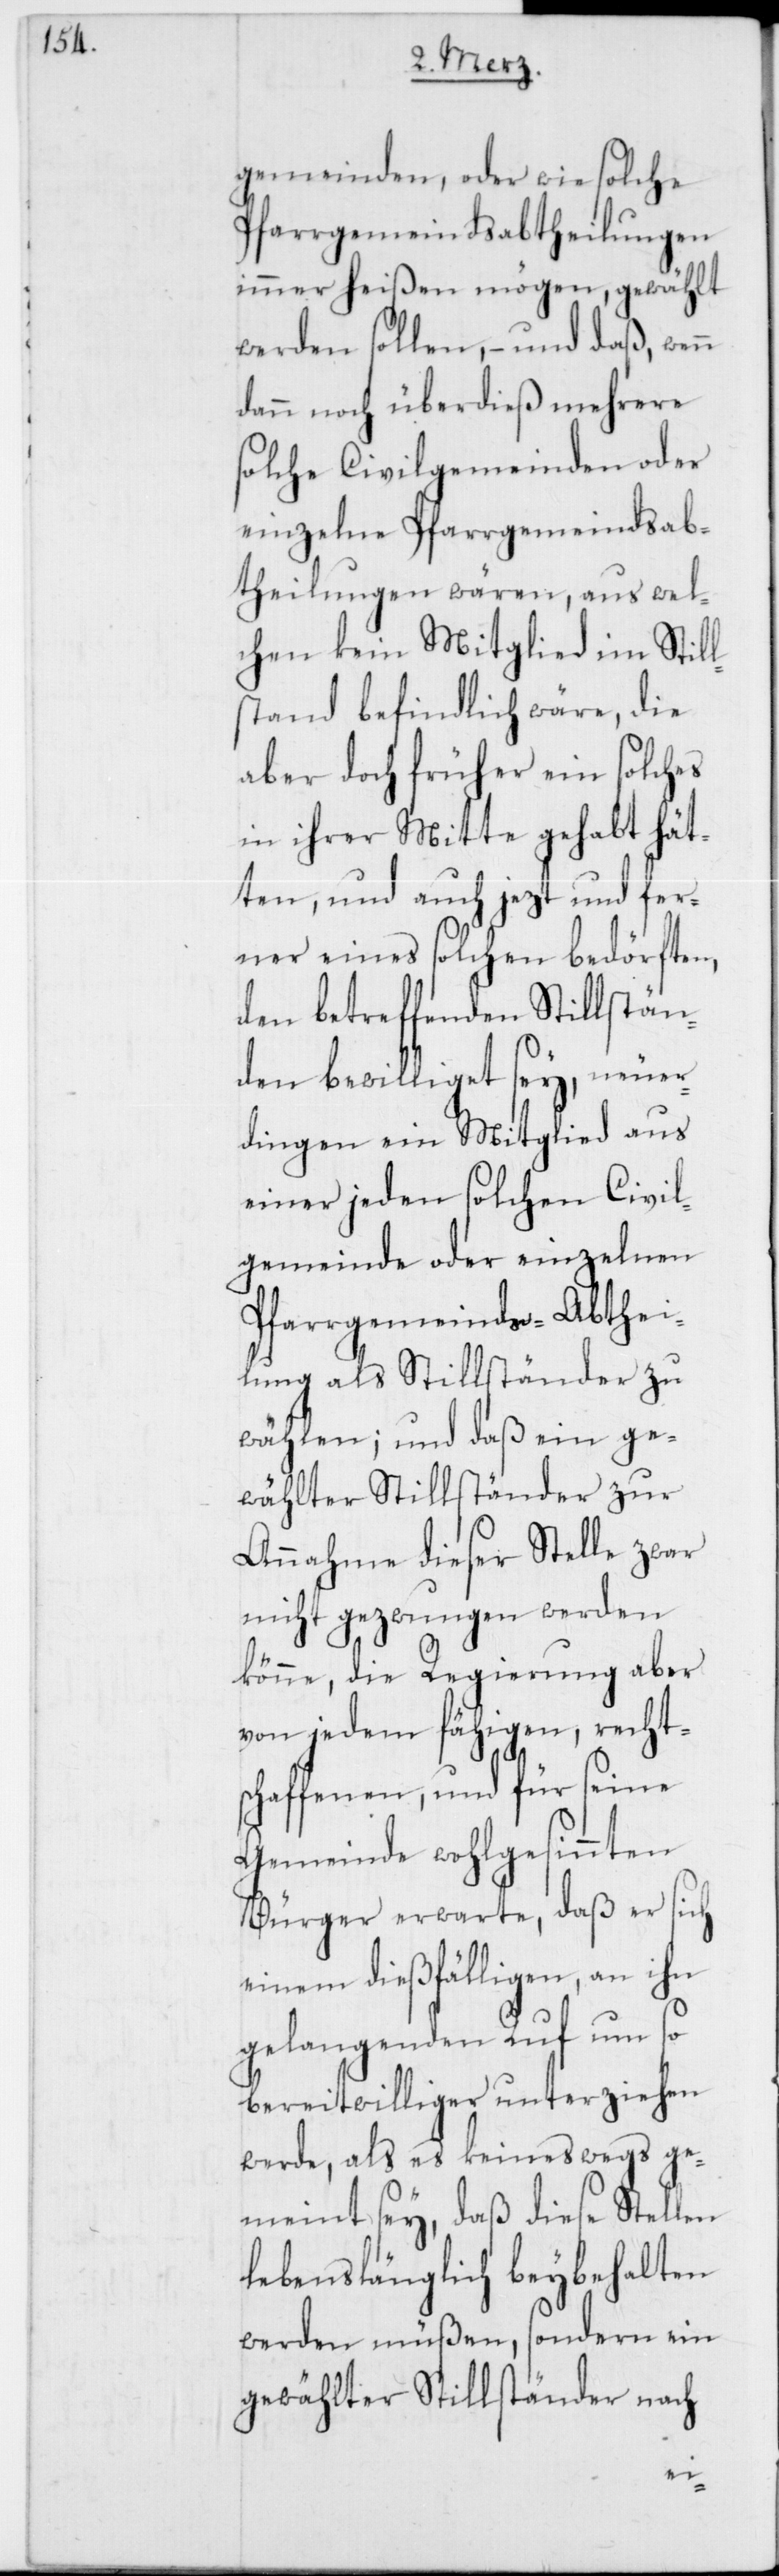
gemeinden, oder wie solche
Pfarrgemeindsabtheilungen
immer heißen mögen, gewählt
werden sollen, – und daß, wenn
dann noch überdieß mehrere
solche Civilgemeinden oder
einzelne Pfarrgemeindsab¬
theilungen wären, aus wel¬
chen kein Mitglied im Still¬
stand befindlich wäre, die
aber doch früher ein solches
in ihrer Mitte gehabt hät¬
ten, und auch jezt und fer¬
ner eines solchen bedörften,
den betreffenden Stillstän¬
den bewilliget sey, neuer¬
dingen ein Mitglied aus
einer jeden solchen Civil¬
gemeinde oder einzelnen
Pfarrgemeinds-Abthei¬
lung als Stillständer zu
wählen; und daß ein ge¬
wählter Stillständer zur
Annahme dieser Stelle zwar
nicht gezwungen werden
könne, die Regierung aber
von jedem fähigen, rechts¬
chaffenen, und für seine
Gemeinde wohlgesinnten
Bürger erwarte, daß er sich
einem dießfälligen, an ihn
gelangenden Ruf um so
bereitwilliger unterziehen
werde, als es keineswegs ge¬
meint sey, daß diese Stellen
lebenslänglich beybehalten
werden müßen, sondern ein
gewählter Stillständer nach